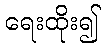
ရေးထိုး၍